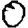
Digit: 0